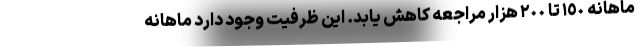
ماهانه ١٥٠ تا ٢٠٠ هزار مراجعه کاهش یابد. این ظرفیت وجود دارد ماهانه